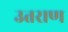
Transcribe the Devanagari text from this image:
उतराण